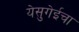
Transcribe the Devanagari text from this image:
येसुगेईचा